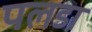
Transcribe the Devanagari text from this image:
पलडा